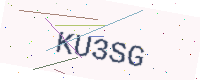
Text: KU3SG